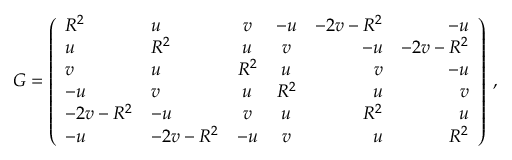
G = \left( \begin{array} { l l c c r r } { { R ^ { 2 } } } & { { u } } & { { v } } & { { - u } } & { { - 2 v - R ^ { 2 } } } & { { - u } } \\ { { u } } & { { R ^ { 2 } } } & { { u } } & { { v } } & { { - u } } & { { - 2 v - R ^ { 2 } } } \\ { { v } } & { { u } } & { { R ^ { 2 } } } & { { u } } & { { v } } & { { - u } } \\ { { - u } } & { { v } } & { { u } } & { { R ^ { 2 } } } & { { u } } & { { v } } \\ { { - 2 v - R ^ { 2 } } } & { { - u } } & { { v } } & { { u } } & { { R ^ { 2 } } } & { { u } } \\ { { - u } } & { { - 2 v - R ^ { 2 } } } & { { - u } } & { { v } } & { { u } } & { { R ^ { 2 } } } \end{array} \right) \; ,